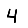
Digit: 4